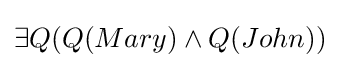
\exists Q(Q(Mary)\land Q(John))